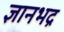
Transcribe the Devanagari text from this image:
ज्ञानभद्र